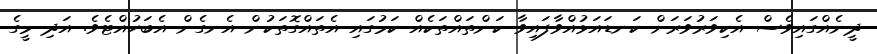
ދީނެއްގައިވެސް އެކިވަރުވަރަށް ކަނޑައަޅުއްވާފައިވާ ކަންތައްތަކެއް ކަމުގައި އެތައްގޮތަކުން އެނގެން އެބަހުއްޓެވެ. އަދި މީގެ